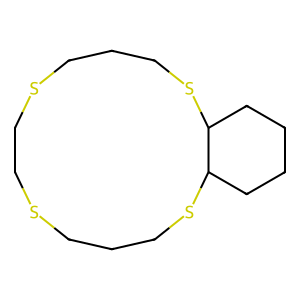
SMILES: C1CSCCSCCCSC2CCCCC2SC1
Inhibits HIV replication: No